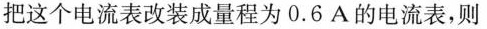
把这个电流表改装成量程为0.6A的电流表，则